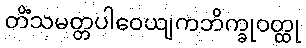
တိံသမတ္တပါဝေယျကဘိက္ခုဝတ္ထု